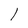
Character: l